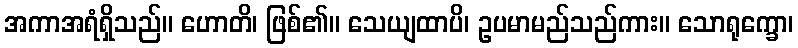
အကာအရံရှိသည်။ ဟောတိ၊ ဖြစ်၏။ သေယျထာပိ၊ ဥပမာမည်သည်ကား။ သောရုက္ခော၊